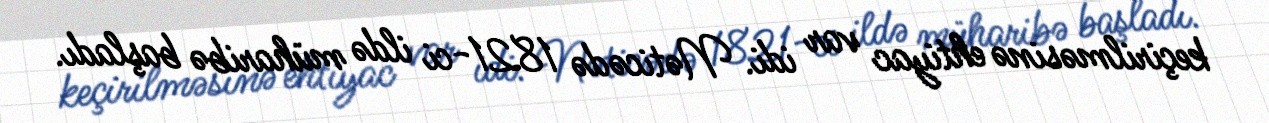
keçirilməsinə ehtiyac var idi. Nəticədə 1821-ci ildə müharibə başladı.